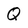
Character: Q